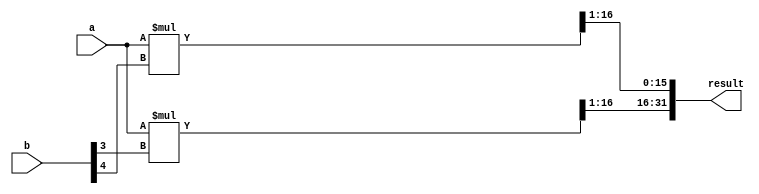
module unsigned_multiplier(
  input wire [15:0] a, // input number a
  input wire [15:0] b, // input number b
  output wire [31:0] result // output result
);

wire [15:0] pp0, pp1, pp2, pp3, pp4; // partial products
wire [31:0] c_out;

assign {pp0, c_out[0]} = a * b[0];
assign {pp1, c_out[1]} = a * b[1];
assign {pp2, c_out[2]} = a * b[2];
assign {pp3, c_out[3]} = a * b[3];
assign {pp4, c_out[4]} = a * b[4];

assign result = {pp0, pp1, pp2, pp3, pp4};

endmodule